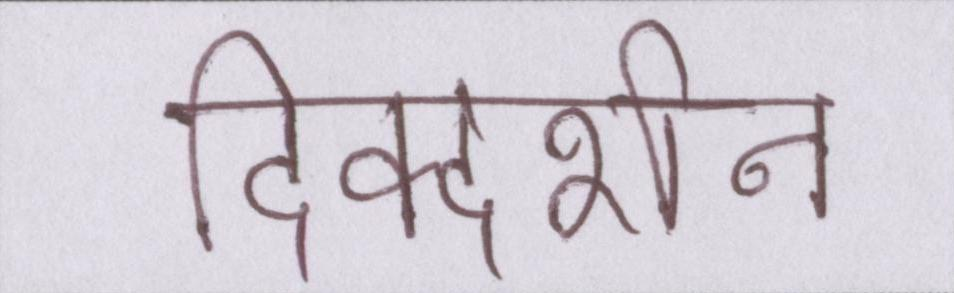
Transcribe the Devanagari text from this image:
दिक्दर्शन